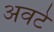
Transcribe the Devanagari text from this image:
अवटे